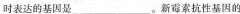
时表达的基因是___。新霉素抗性基因的